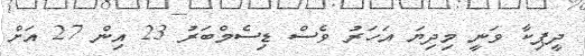
ދީޕިކާ ވަނީ މިދިޔަ އަހަރު ވެސް ޑިސެމްބަރު 23 އިން 27 އަށް